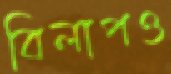
বিলাপও